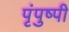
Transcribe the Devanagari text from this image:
पृंपुष्पी